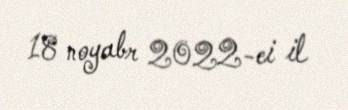
18 noyabr 2022-ci il